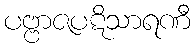
ပဗ္ဗာဇပဋိသာရဏီ